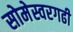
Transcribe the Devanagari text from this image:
सोमेस्वरगढी